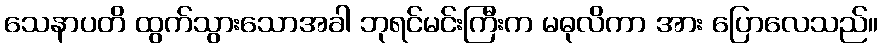
သေနာပတိ ထွက်သွားသောအခါ ဘုရင်မင်းကြီးက မဓုလိကာ အား ပြောလေသည်။